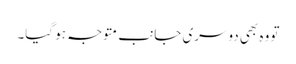
تو وہ بھی دوسری جانب متوجہ ہو گیا۔